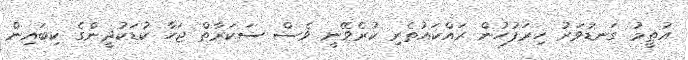
އުތީމު ގަނޑުވަރު ހިރަފުހުން ރައްކައުތެރި ކުރެވޭނީ ވެސް ސަކަރާތް ޖަހާ ކުޑަކުދީންގެ ކިބައިން